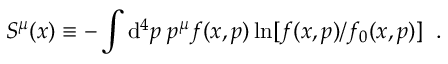
S ^ { \mu } ( x ) \equiv - \int \mathrm { d } ^ { 4 } p \; p ^ { \mu } f ( x , p ) \ln [ f ( x , p ) / f _ { 0 } ( x , p ) ] \; \; .